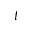
t